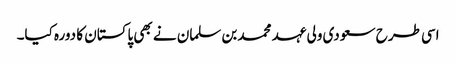
اسی طرح سعودی ولی عہد محمد بن سلمان نے بھی پاکستان کا دورہ کیا۔